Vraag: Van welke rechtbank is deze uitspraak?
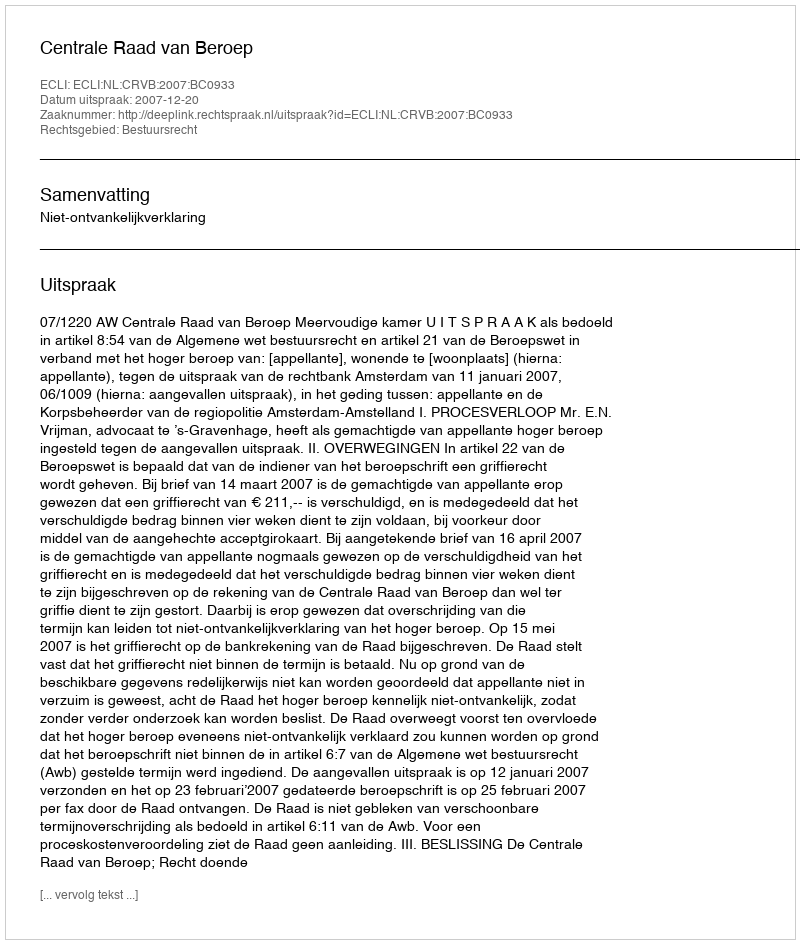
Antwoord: Centrale Raad van Beroep